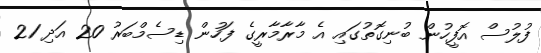
ފުލުސް އޮފީހުން ބުނިގޮތުގައި އެ މާރާމާރީގެެ ފަހުން ޑިސެމްބަރު 20 އަދި 21